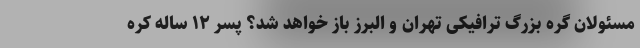
مسئولان گره بزرگ ترافیکی تهران و البرز باز خواهد شد؟ پسر ۱۲ ساله کره